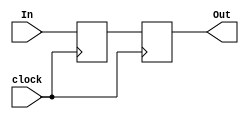
`timescale 1ns / 1ps
//////////////////////////////////////////////////////////////////////////////////
// Company: 
// Engineer: 
// 
// Design Name: 
// Module Name: Register
// Project Name: 
// Target Devices: 
// Tool Versions: 
// Description: 
// 
// Dependencies: 
// 
// Revision:
// Revision 0.01 - File Created
// Additional Comments:
// 
//////////////////////////////////////////////////////////////////////////////////


module Register #(parameter DIGIT = 32)(clock, In, Out);
	input clock;
	input      [31:0] In;
	
	output reg [31:0] Out;
	
	reg [31:0] Register;

	initial 
	begin
		Out      = 'b0;
		Register = 'b0;
	end
	
	always@(negedge clock) 
	begin
		Register <= In;
	end
	
	always@(posedge clock) 
	begin
		Out <= Register;
	end
	
endmodule